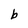
Character: b